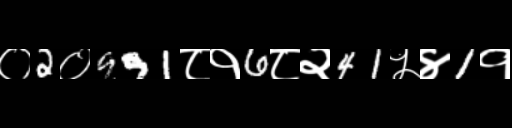
Text: ०2०991८१6८२41५४1१